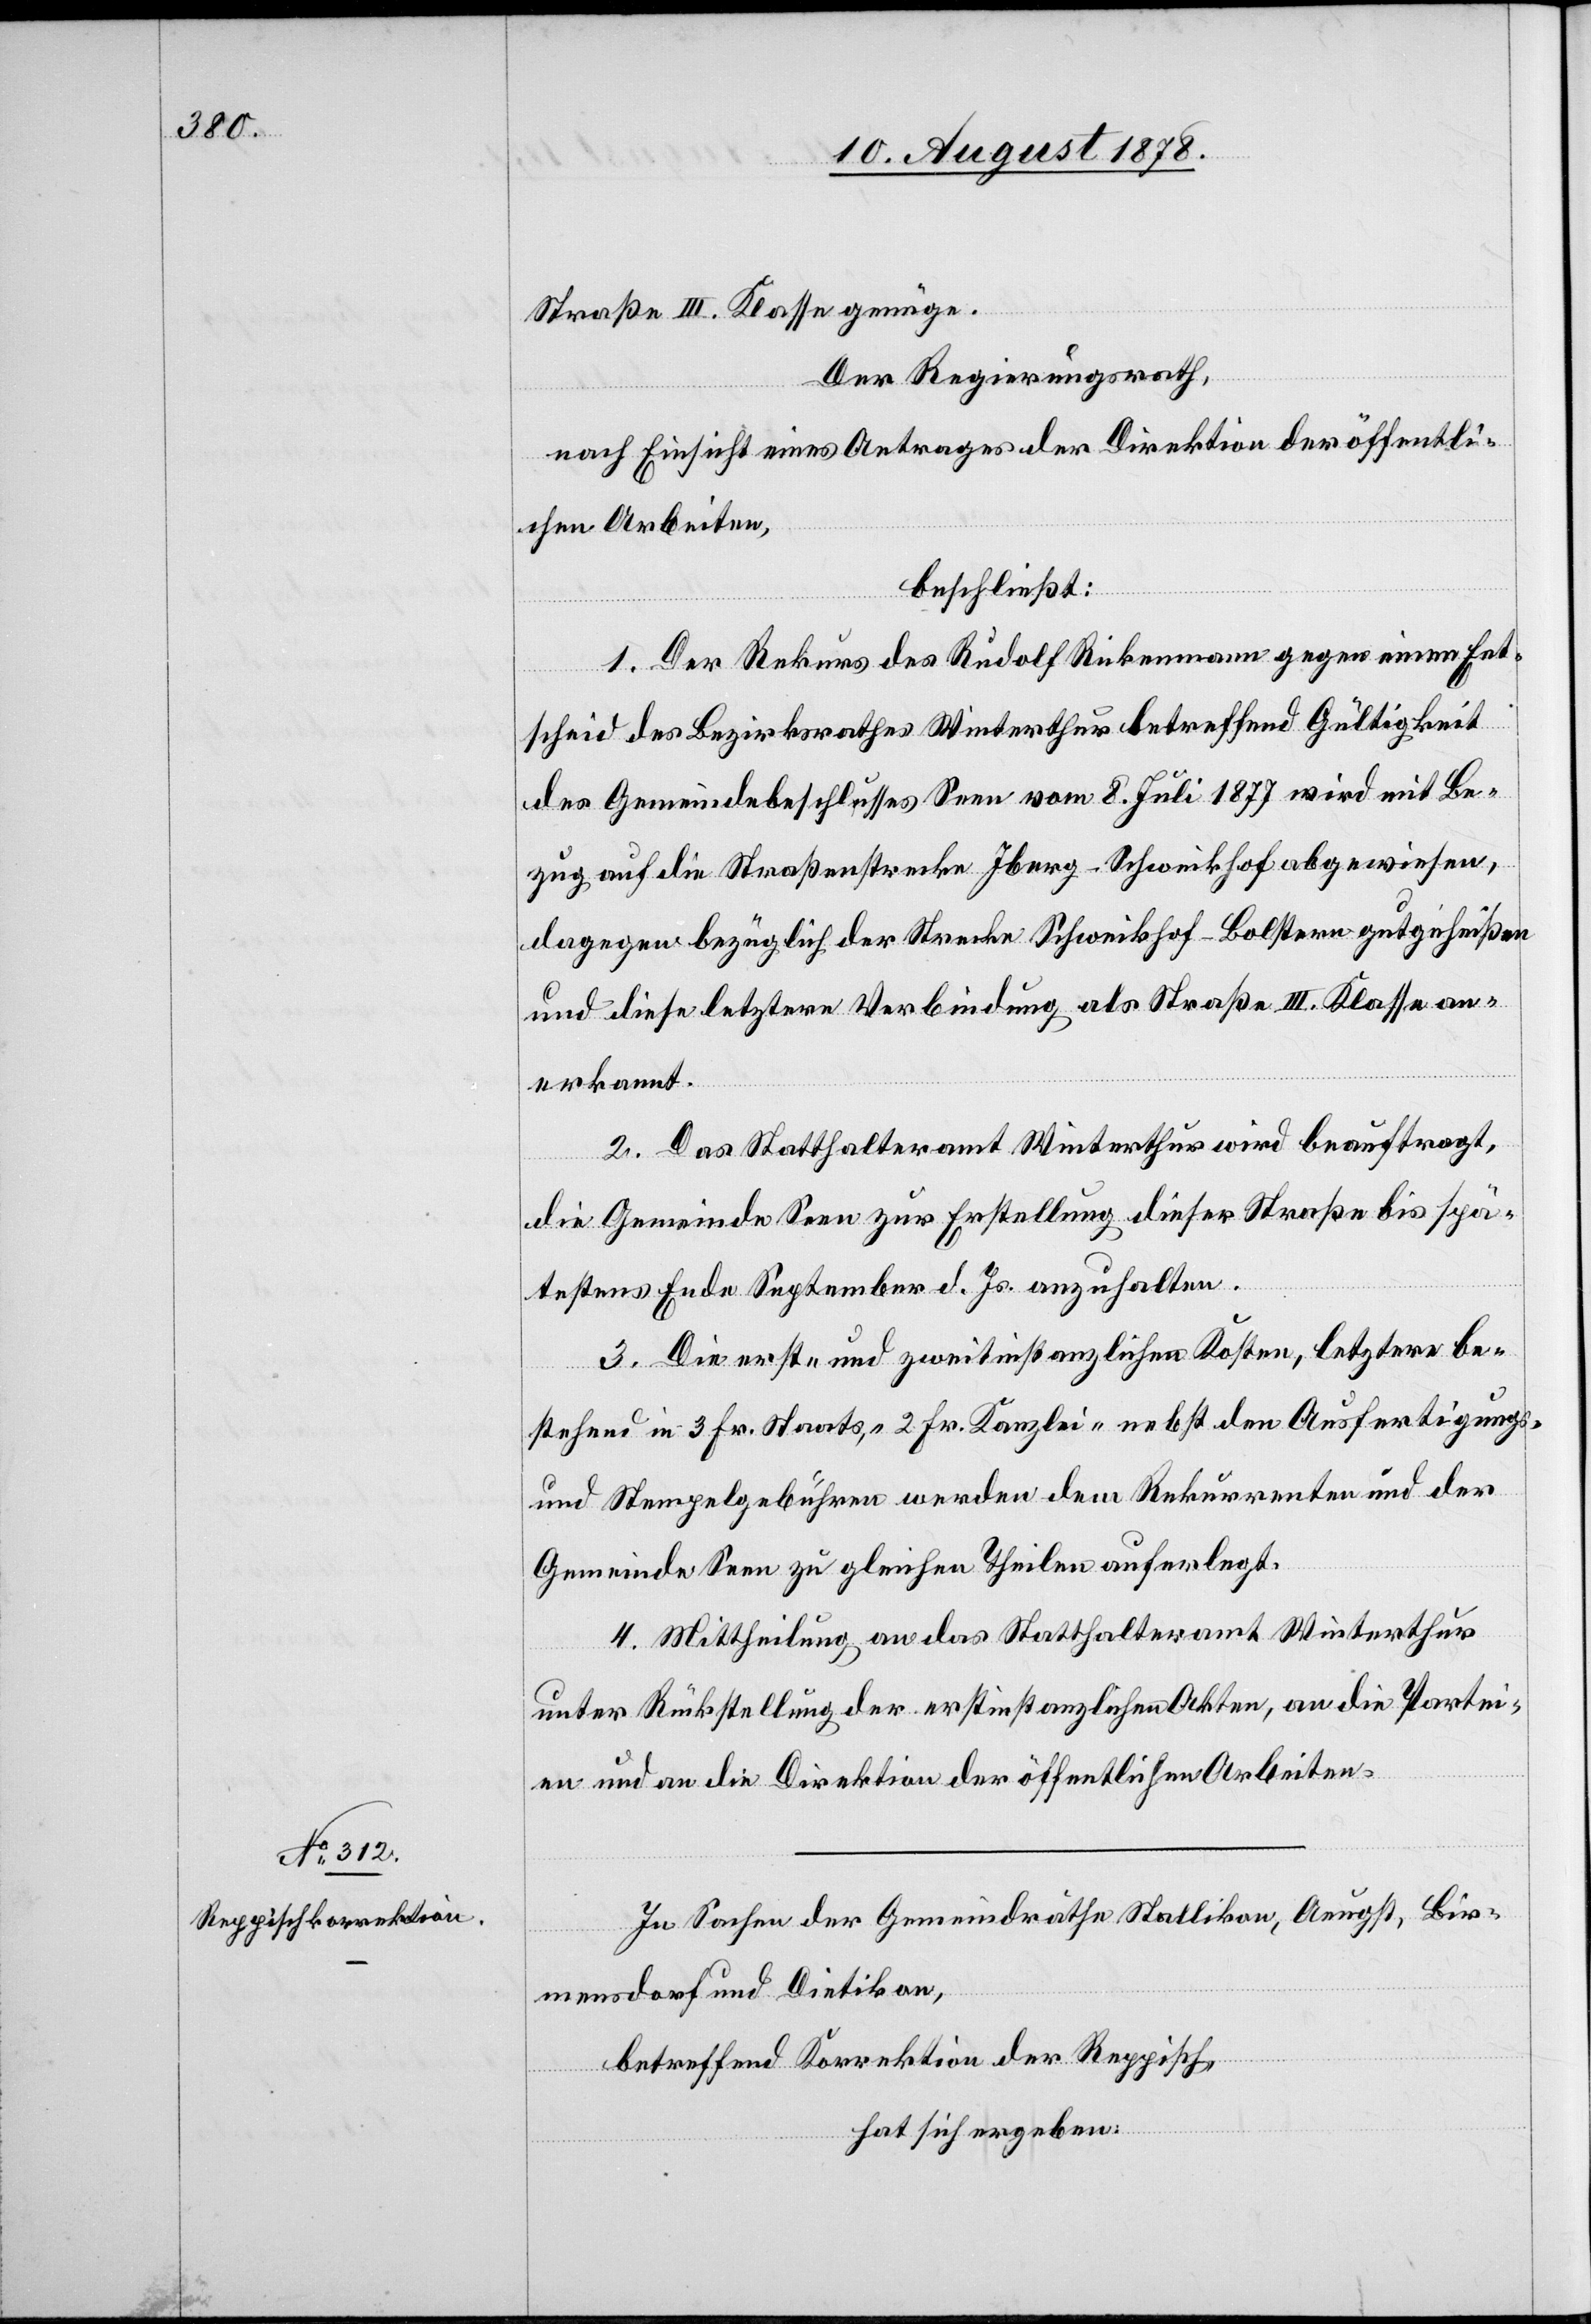
Straße III. Klasse genüge.
Der Regierungsrath,
nach Einsicht eines Antrages der Direktion der öffentli¬
chen Arbeiten,
beschließt:
1. Der Rekurs des Rudolf Rickenmann gegen einen Ent¬
scheid des Bezirksrathes Winterthur betreffend Gültigkeit
des Gemeindebeschlusses Seen vom 8. Juli 1877 wird mit Be¬
zug auf die Straßenstrecke Iberg–Schweikhof abgewiesen,
dagegen bezüglich der Strecke Schweikhof–Bolstern gutgeheißen
und diese letztere Verbindung als Straße III. Klasse an¬
erkannt.
2. Das Statthalteramt Winterthur wird beauftragt,
die Gemeinde Seen zur Erstellung dieser Straße bis spä¬
testens Ende September d. Js. anzuhalten.
3. Die erst- und zweitinstanzlichen Kosten, letztere be¬
stehend in 3 Fr. Staats-, 2 Fr. Kanzlei- nebst den Ausfertigungs-
und Stempelgebühren werden dem Rekurrenten und der
Gemeinde Seen zu gleichen Theilen auferlegt.
4. Mittheilung an das Statthalteramt Winterthur
unter Rückstellung der erstinstanzlichen Akten, an die Partei¬
en und an die Direktion der öffentlichen Arbeiten.
In Sachen der Gemeindräthe Stallikon, Aeugst, Bir¬
mensdorf und Dietikon,
betreffend Korrektion der Reppisch
hat sich ergeben: